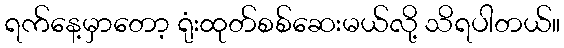
ရက်နေ့မှာတော့ ရုံးထုတ်စစ်ဆေးမယ်လို့ သိရပါတယ်။